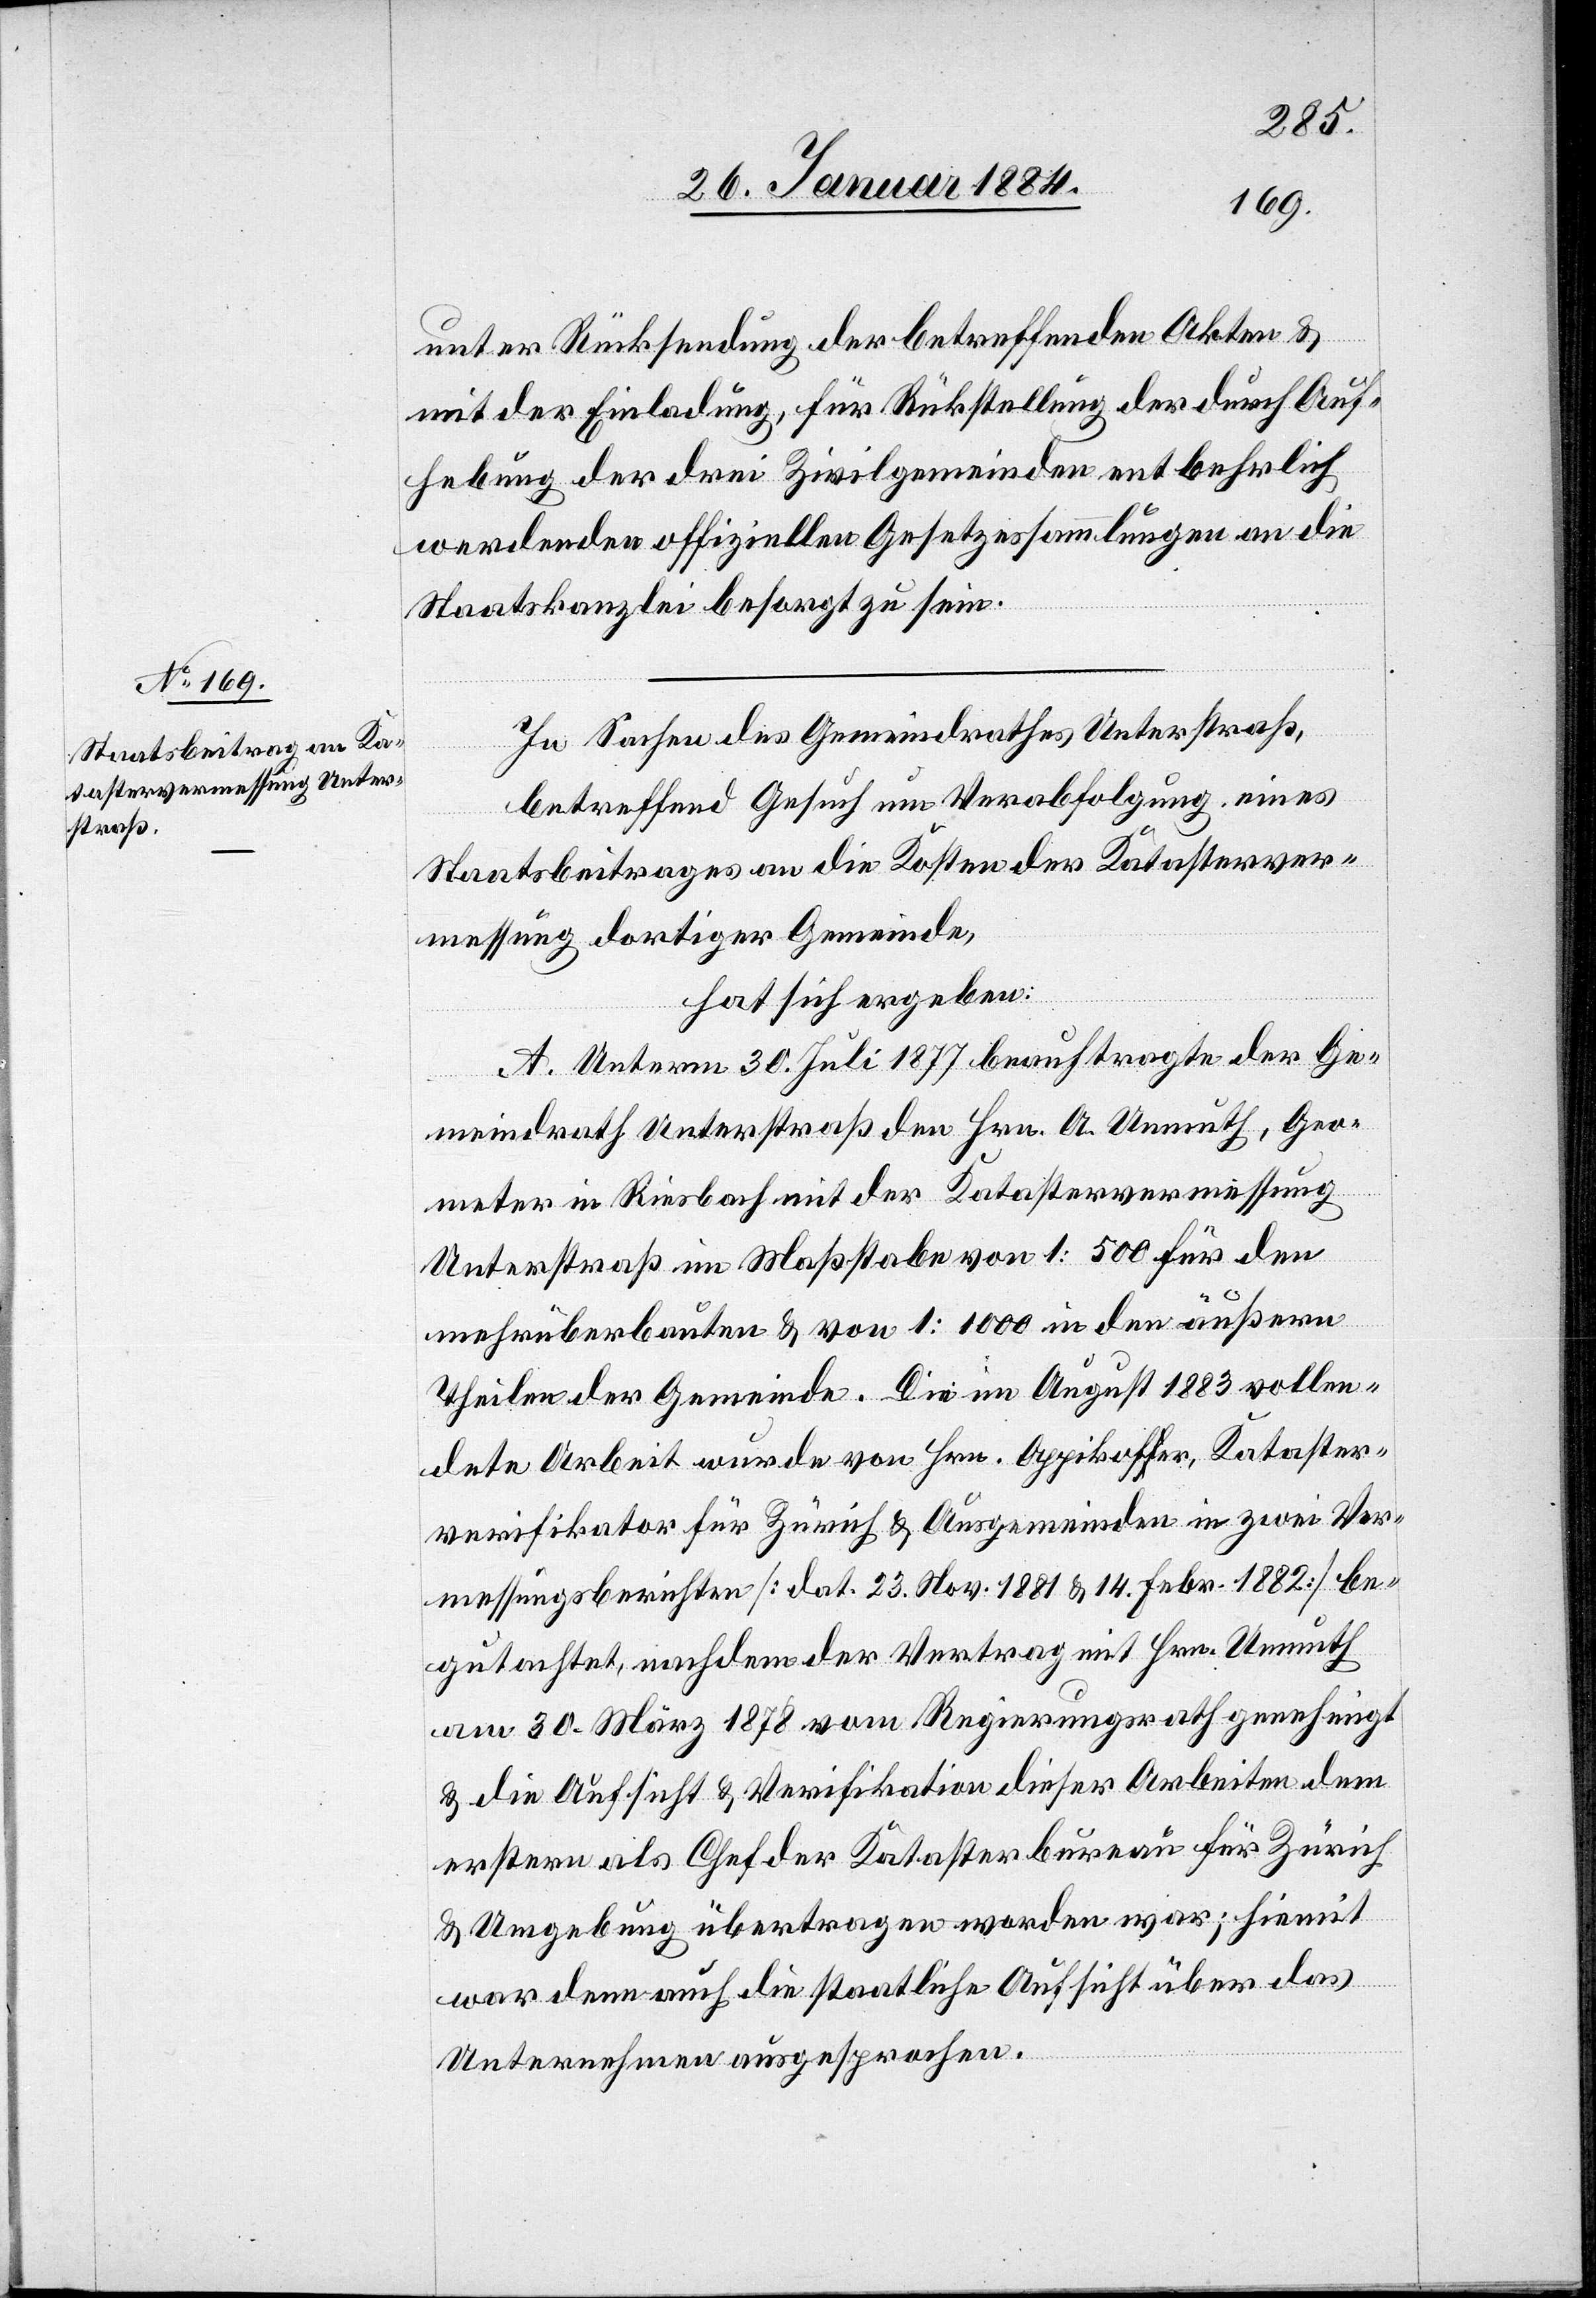
unter Rücksendung der betreffenden Akten &
mit der Einladung, für Rückstellung der durch Auf¬
hebung der drei Zivilgemeinden entbehrlich
werdenden offiziellen Gesetzessammlungen an die
Staatskanzlei besorgt zu sein.
In Sachen des Gemeindrathes Unterstraß,
betreffend Gesuch um Verabfolgung eines
Staatsbeitrages an die Kosten der Katasterver¬
messung dortiger Gemeinde,
hat sich ergeben:
A. Unterm 30. Juli 1877 beauftragte der Ge¬
meindrath Unterstraß den Hrn. A. Unmuth, Geo¬
meter in Riesbach mit der Katastervermessung
Unterstraß im Maßstabe von 1 : 500 für den
mehrüberbauten & von 1 : 1000 in den äußern
Theilen der Gemeinde. Die im August 1883 vollen¬
dete Arbeit wurde von Hrn. Oppikoffer, Kataster¬
verifikator für Zürich & Ausgemeinden in zwei Ver¬
messungsberichten [dat. 23. Nov. 1881 & 14. Febr. 1882] be¬
gutachtet, nachdem der Vertrag mit Hrn. Unmuth
am 30. März 1878 vom Regierungsrath genehmigt
& die Aufsicht & Verifikation dieser Arbeiten dem
erstern als Chef der Katasterbureau für Zürich
& Umgebung übertragen worden war; hiemit
war denn auch die staatliche Aufsicht über das
Unternehmen ausgesprochen.